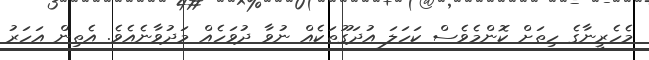
މެހެރީނާގެ ހިތަށް ކޮންމެވެސް ކަހަލަ އުދަގޫތަކެއް ނުވާ ދުވަހެއް މަދުވާނެއެވެ. އެތިން އަހަރު